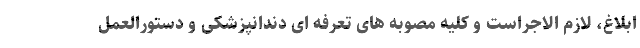
ابلاغ، لازم الاجراست و کلیه مصوبه های تعرفه ای دندانپزشکی و دستورالعمل